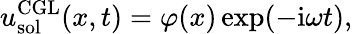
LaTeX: u_{\mathrm{sol}}^{\mathrm{CGL}}(x,t)=\varphi(x)\exp(-\mathrm{i}\omega t),